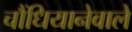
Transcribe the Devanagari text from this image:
चौंधियानेवाले